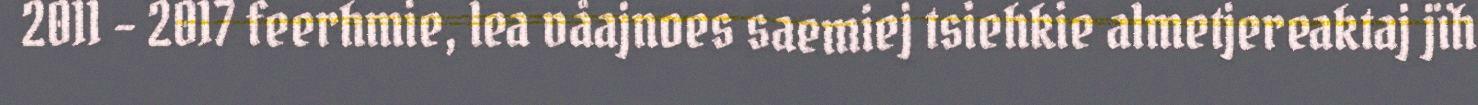
2011 – 2017 feerhmie, lea våajnoes saemiej tsiehkie almetjereaktaj jïh